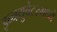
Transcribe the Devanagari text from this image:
इन्क्युबेटरमध्ये